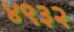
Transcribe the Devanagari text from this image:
४९३२